Insane asylums in Bengal annual reports 1876-1887 - 1876-1887
Year: 1876
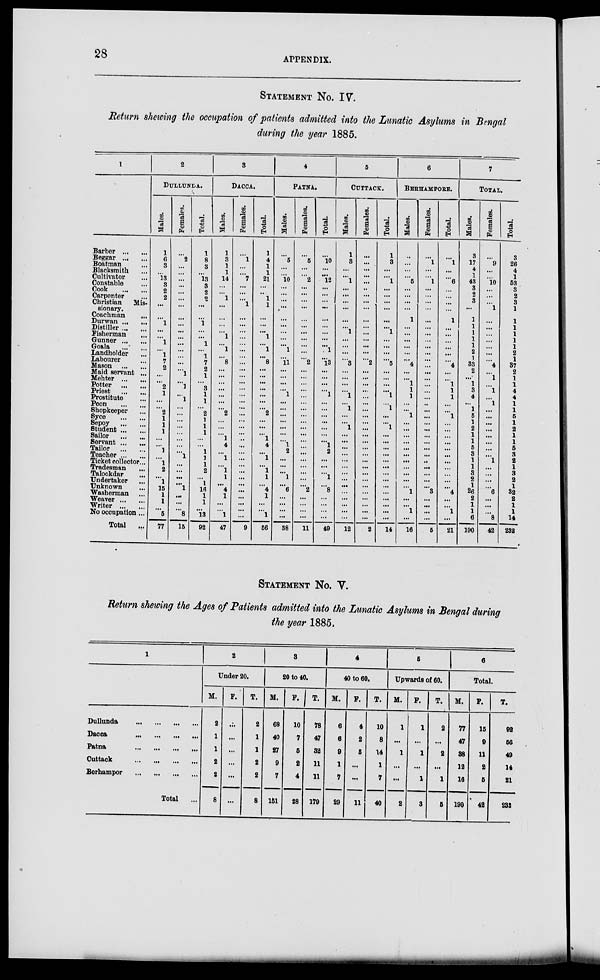
28
APPENDIX.
STATEMENT No. IV.
Return showing the occupation of patients admitted into the Lunatic Asylums in Bengal
during the year 1885.
1
Barber ... ...
Beggar ... ...
Boatman ... ...
Blacksmith ...
Cultivator ...
Constable ...
Cook
...
...
Carpenter ...
Christian
Mis-
sionary.
Coachman
...
Durwan ... ...
Distiller ... ...
Fisherman ...
Gunner ... ...
Goala ... ...
Landholder ... ...
Labourer ...
Mason
...
...
Maid servant ...
Mehter ... ...
Potter
...
...
Priest
...
...
Prostitute ... ...
Peon
...
...
Shopkeeper ... ...
Syce
...
...
Sepoy
...
...
Student ... ...
Sailor
...
...
Servant ... ...
Tailor
...
...
Teacher ... ...
Ticket collector...
Tradesman ...
Talookdar ...
Undertaker ...
Unknown ...
Washerman ...
Weaver ... ...
Writer ... ...
No occupation ...
Total ...
2
DULLUNDA.
Males.
1
6
3
...
13
3
2
2
...
...
1
...
...
1
...
1
7
2
...
...
2
1
...
...
2
1
1
1
...
...
1
...
1
2
...
1
15
1
1
...
5
77
Females.
...
2
...
...
...
...
...
...
...
...
...
...
...
...
...
...
...
...
1
...
1
...
1
...
...
...
...
...
...
...
...
1
...
...
...
... 1
...
...
...
8
15
Total.
1
8
3
...
13
3
2
2
...
...
1
...
...
1
...
1
7
2
1
...
3
1
1
...
2
1
1
1
...
...
1
1
1
2
...
1
16
1
1
...
13
92
3
DACCA.
Males.
1
3
1
1
14
...
...
1
...
...
...
...
1
...
1
...
8
...
...
...
...
...
...
...
2
...
...
...
1
4
...
1
...
1
1
...
4
1
...
...
1
47
Females.
...
1
...
...
7
...
...
...
1
...
...
...
...
...
...
...
...
...
...
...
...
...
...
...
...
...
...
...
...
...
...
...
...
...
...
...
...
...
...
...
...
9
Total.
1
4
1
1
21
...
...
1
1
...
...
...
1
...
1
...
8
...
...
...
...
...
...
...
2
...
...
...
1
4
...
1
...
1
1
... 4
1
...
...
1
56
4
PATNA.
Males.
...
5
...
...
10
...
...
...
...
...
...
...
...
...
1
...
11
...
...
...
...
1
...
...
. ..
. ..
. ..
...
...
1
2
...
...
1
...
6 ...
...
...
...
...
38
Females.
...
5
...
...
2
...
...
...
...
...
...
...
...
...
...
...
2
...
...
...
...
...
...
...
...
...
...
...
...
...
...
...
...
...
...
2
...
...
...
...
...
11
Total.
...
10
...
...
12
...
...
...
...
...
...
...
...
...
1
...
13
...
...
...
...
1
...
...
...
...
...
...
...
1
2
...
...
1
...
8
...
...
...
...
...
49
5
CUTTACK.
Males.
1
3
...
...
1
...
...
...
...
...
...
1
...
...
...
...
3
...
...
...
...
1
...
1
...
...
1
...
...
...
...
...
...
...
...
...
...
...
...
...
...
12
Females.
...
...
...
...
...
...
...
...
...
...
...
...
...
...
...
...
2
...
...
...
...
...
...
...
...
...
...
...
...
...
...
...
...
...
...
...
...
...
...
...
...
2
Total.
1
3
...
...
1
...
...
...
...
...
...
1
...
...
...
...
5
...
...
...
...
1
...
1
...
...
1
...
...
...
...
...
...
...
...
...
...
...
...
...
...
14
6
BERHAMPORE.
Males.
...
...
.. .
...
5
...
...
...
1
...
...
...
...
...
...
4
...
...
1
1
1
...
...
1
...
...
...
...
...
...
...
...
...
...
1 ...
...
...
1
...
16
Females.
...
1
...
...
1
...
...
...
...
...
...
...
...
...
...
...
...
...
...
...
...
...
...
...
...
...
...
...
...
...
...
...
...
...
...
3
...
...
...
...
...
5
Total.
...
1
...
...
6
...
...
...
...
1
...
...
...
...
...
...
4
...
...
1
1
1
...
...
1
...
...
...
...
...
...
...
...
...
...
4
...
...
...
1
...
21
7
TOTAL.
Males.
3
17
4
1
43
3
2
3
...
1
1
1
1
1
2
1
33
2
...
1
3
4
...
1
5
1
2
1
1
5
3
1
1
3
2
1 26
2
1
1
6
190
Females.
...
9
...
...
10
...
...
...
1
...
...
...
...
...
...
...
4
...
1
...
1
...
1
...
...
...
...
...
...
...
...
1
...
...
...
... 6
...
...
...
8
42
Total.
3
26
4
1
53
3
2
3
1
1
1
1
1
1
2
1
37
2
1
1
4
4
1
1
5
1
2
1
1
5
3
2
1
3
2
1
32
2
1
1
14
232
STATEMENT No.
V.
Return showing the Ages of Patients admitted into the Lunatic Asylums in Bengal during
the year 1885.
1
Dullunda
...
...
...
...
Dacca
...
...
...
...
Patna
...
...
...
...
Cuttack
...
...
...
...
Berhampore
...
...
...
...
Total ...
2
Under 20.
M.
2
1
1
2
2
8
F.
...
...
...
...
...
...
T.
2
1
1
2
2
8
3
20 to 40.
M.
68
40
27
9
7
151
F. T.
10
7
5
2
4
28
78
47
32
11
11
179
4
40 to 60.
M.
6
6
9
1
7
29
F.
4
2
5
...
...
11
T.
10
8
14
1
7
40
5
Upwards of 60.
M.
1
...
1
...
...
2
F.
1
...
1
...
1
3
T.
2
...
2
...
1
5
6
Total.
M.
77
47
38
12
16
190
F.
15
9
11
2
5
42
T.
92
56
49
14
21
232